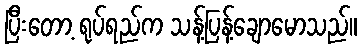
ပြီးတော့ ရုပ်ရည်က သန့်ပြန့်ချောမောသည်။